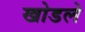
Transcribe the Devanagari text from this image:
खोडले